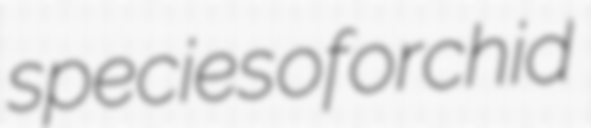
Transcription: species of orchid